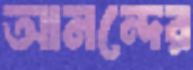
আনন্দের